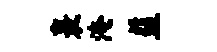
裹淹益